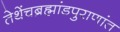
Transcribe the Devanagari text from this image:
तेथेंचब्रह्मांडपुराणांत